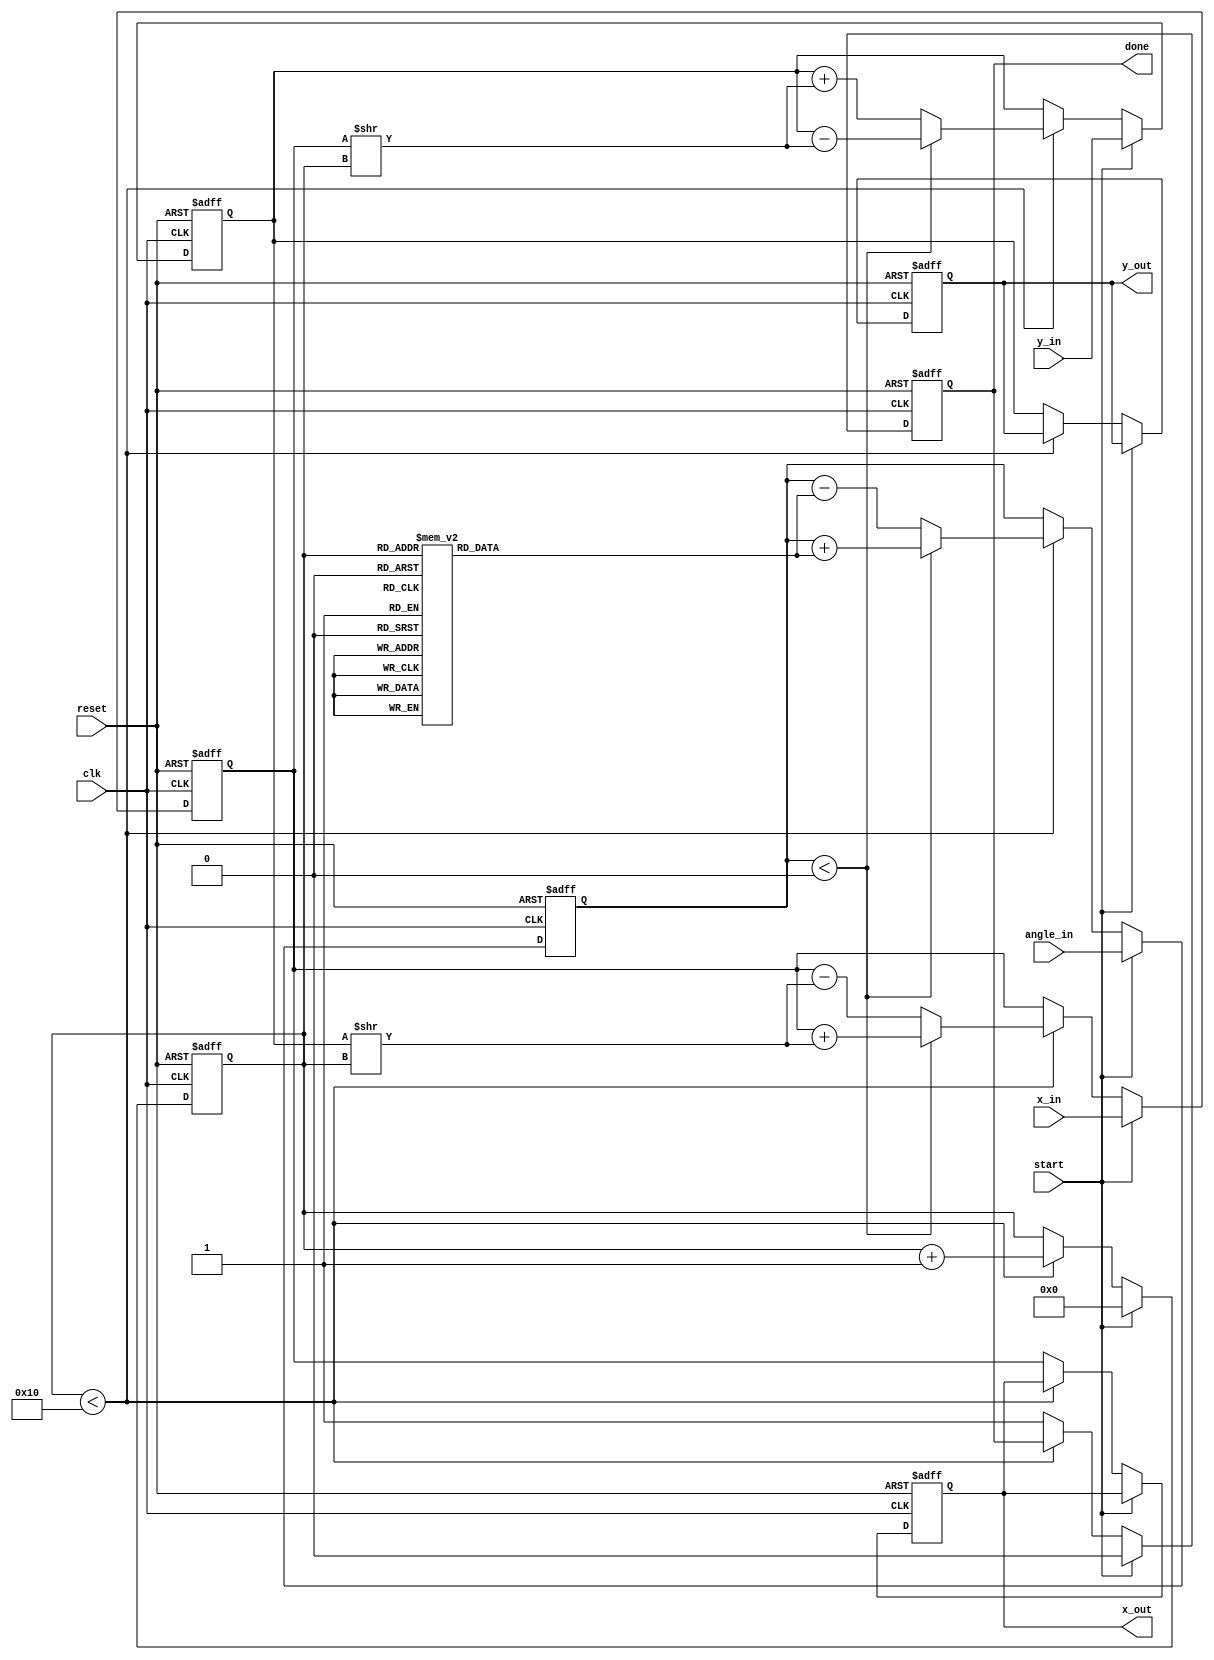
module cordic_2d (
    input clk,
    input reset,
    input [15:0] x_in,          // Input X coordinate
    input [15:0] y_in,          // Input Y coordinate
    input [15:0] angle_in,      // Input angle in radians (scaled)
    input start,                // Start signal
    output reg [15:0] x_out,    // Output X coordinate
    output reg [15:0] y_out,    // Output Y coordinate
    output reg done             // Done signal
);

    // CORDIC parameters
    parameter NUM_ITERATIONS = 16; // Number of iterations for precision
    reg [15:0] atan_lut [0:NUM_ITERATIONS-1]; // Look-Up Table for arctangent values
    reg [15:0] x, y, angle; // Internal registers for computation
    reg [3:0] iteration; // Iteration counter
    reg [15:0] x_temp, y_temp; // Temporary variables for calculations

    // Initialize LUT for arctangent values (scaled)
    initial begin
        atan_lut[0] = 16'h26DD; // arctan(1/2^0)
        atan_lut[1] = 16'h1C71; // arctan(1/2^1)
        atan_lut[2] = 16'h14AE; // arctan(1/2^2)
        atan_lut[3] = 16'h0E38; // arctan(1/2^3)
        atan_lut[4] = 16'h07E4; // arctan(1/2^4)
        atan_lut[5] = 16'h03FE; // arctan(1/2^5)
        atan_lut[6] = 16'h01FF; // arctan(1/2^6)
        atan_lut[7] = 16'h00FF; // arctan(1/2^7)
        atan_lut[8] = 16'h007F; // arctan(1/2^8)
        atan_lut[9] = 16'h003F; // arctan(1/2^9)
        atan_lut[10] = 16'h001F; // arctan(1/2^10)
        atan_lut[11] = 16'h000F; // arctan(1/2^11)
        atan_lut[12] = 16'h0007; // arctan(1/2^12)
        atan_lut[13] = 16'h0003; // arctan(1/2^13)
        atan_lut[14] = 16'h0001; // arctan(1/2^14)
        atan_lut[15] = 16'h0000; // arctan(1/2^15)
    end

    // State machine for CORDIC operation
    always @(posedge clk or posedge reset) begin
        if (reset) begin
            x <= 0;
            y <= 0;
            angle <= 0;
            iteration <= 0;
            done <= 0;
            x_out <= 0;
            y_out <= 0;
        end else if (start) begin
            x <= x_in;
            y <= y_in;
            angle <= angle_in;
            iteration <= 0;
            done <= 0;
        end else if (iteration < NUM_ITERATIONS) begin
            // Perform CORDIC rotation
            if (angle < 0) begin
                x_temp = x + (y >> iteration);
                y_temp = y - (x >> iteration);
                angle = angle + atan_lut[iteration];
            end else begin
                x_temp = x - (y >> iteration);
                y_temp = y + (x >> iteration);
                angle = angle - atan_lut[iteration];
            end
            x <= x_temp;
            y <= y_temp;
            iteration <= iteration + 1;
        end else begin
            // Output the final results
            x_out <= x;
            y_out <= y;
            done <= 1;
        end
    end
endmodule